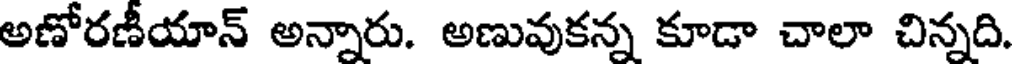
అణోరణీయాన్ అన్నారు. అణువుకన్న కూడా చాలా చిన్నది.